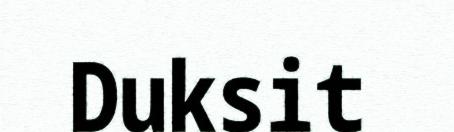
Duksit